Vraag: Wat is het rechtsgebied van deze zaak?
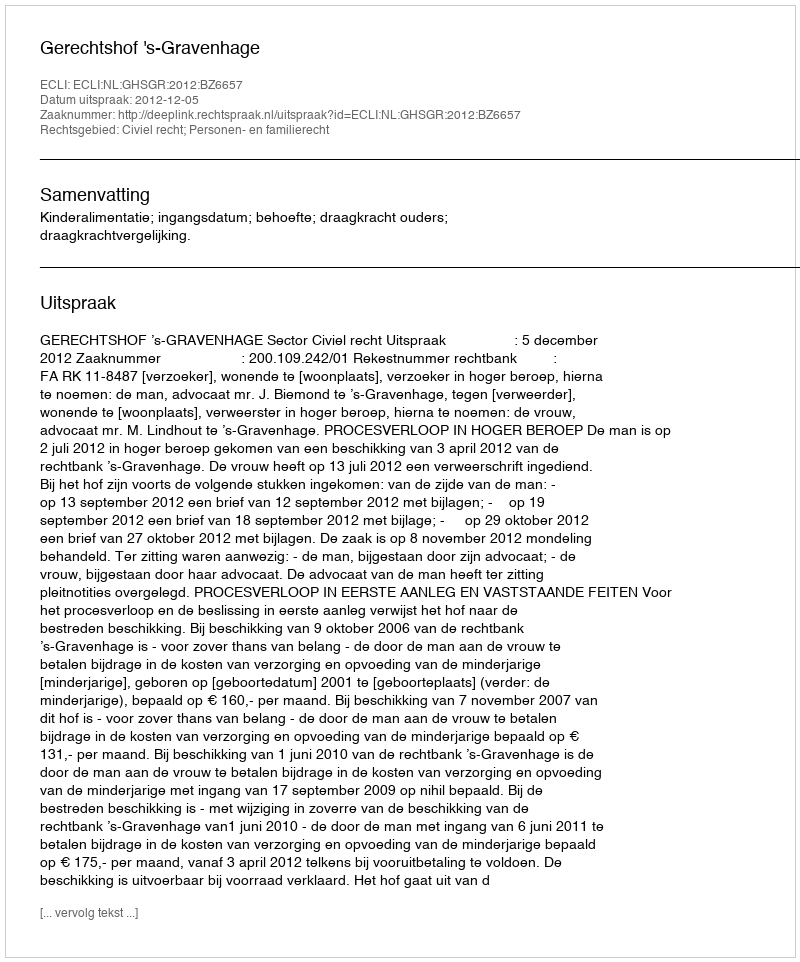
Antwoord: Civiel recht; Personen- en familierecht